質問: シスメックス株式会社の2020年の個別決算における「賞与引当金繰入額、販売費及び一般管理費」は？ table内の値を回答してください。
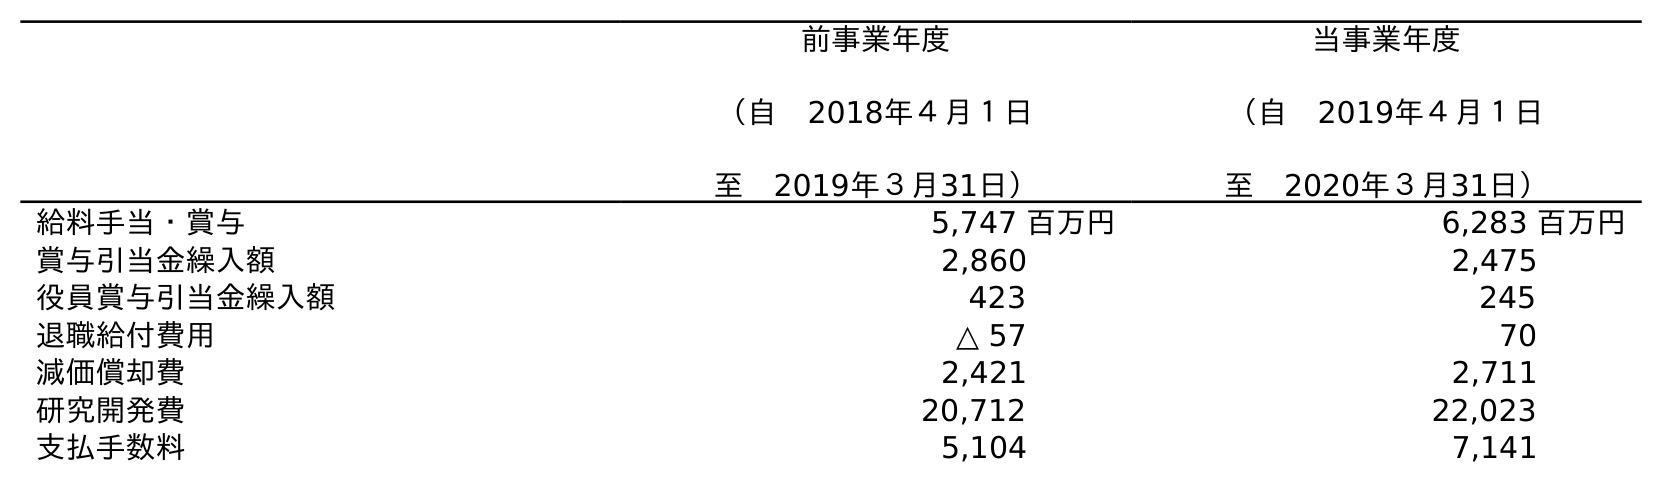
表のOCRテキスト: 前事業年度 （自 2018年４月１日 至 2019年３月31日） 当事業年度 （自 2019年４月１日 至 2020年３月31日） 給料手当・賞与 5,747 百万円 6,283 百万円 賞与引当金繰入額 2,860 2,475 役員賞与引当金繰入額 423 245 退職給付費用 △ 57 70 減価償却費 2,421 2,711 研究開発費 20,712 22,023 支払手数料 5,104 7,141
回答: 2,475